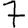
Digit: 7